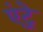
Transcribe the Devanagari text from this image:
एंट्रे